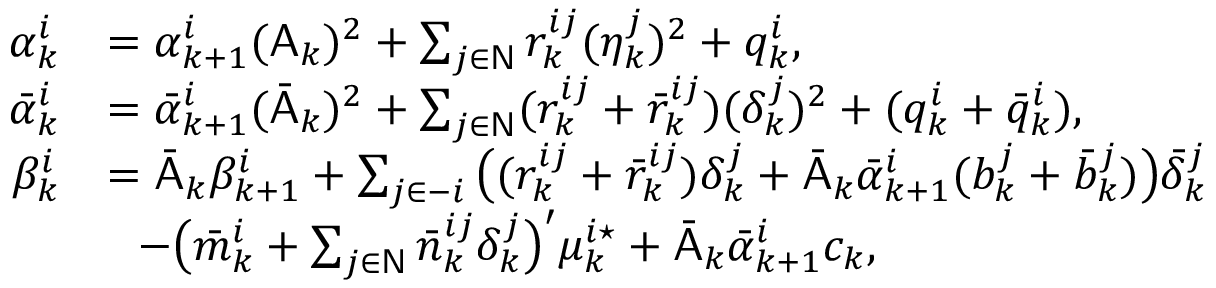
\begin{array} { r l } { \alpha _ { k } ^ { i } } & { = \alpha _ { k + 1 } ^ { i } ( \mathsf { A } _ { k } ) ^ { 2 } + \sum _ { j \in \mathsf { N } } r _ { k } ^ { i j } ( \eta _ { k } ^ { j } ) ^ { 2 } + q _ { k } ^ { i } , } \\ { \bar { \alpha } _ { k } ^ { i } } & { = \bar { \alpha } _ { k + 1 } ^ { i } ( \bar { \mathsf { A } } _ { k } ) ^ { 2 } + \sum _ { j \in \mathsf { N } } ( r _ { k } ^ { i j } + \bar { r } _ { k } ^ { i j } ) ( \delta _ { k } ^ { j } ) ^ { 2 } + ( q _ { k } ^ { i } + \bar { q } _ { k } ^ { i } ) , } \\ { \beta _ { k } ^ { i } } & { = \bar { \mathsf { A } } _ { k } \beta _ { k + 1 } ^ { i } + \sum _ { j \in - i } \big ( ( r _ { k } ^ { i j } + \bar { r } _ { k } ^ { i j } ) \delta _ { k } ^ { j } + \bar { \mathsf { A } } _ { k } \bar { \alpha } _ { k + 1 } ^ { i } ( b _ { k } ^ { j } + \bar { b } _ { k } ^ { j } ) \big ) \bar { \delta } _ { k } ^ { j } } \\ & { ~ ~ - \big ( \bar { m } _ { k } ^ { i } + \sum _ { j \in \mathsf { N } } \bar { n } _ { k } ^ { i j } \delta _ { k } ^ { j } \big ) ^ { \prime } \mu _ { k } ^ { i \star } + \bar { \mathsf { A } } _ { k } \bar { \alpha } _ { k + 1 } ^ { i } c _ { k } , } \end{array}